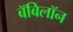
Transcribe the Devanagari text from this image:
बॅबिलॉन